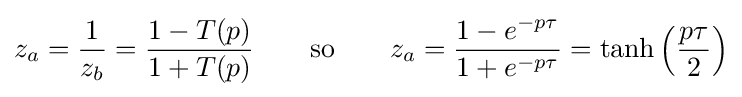
z_{a}={\frac {1}{z_{b}}}={\frac {1-T(p)}{1+T(p)}}\qquad {\text{so}}\qquad z_{a}={\frac {1-e^{-p\tau }}{1+e^{-p\tau }}}=\tanh \left({\frac {p\tau }{2}}\right)